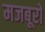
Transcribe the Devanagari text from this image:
मजबूरों